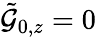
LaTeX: \tilde{\mathcal{G}}_{0,z}=0